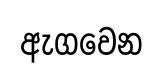
ඇගවෙන